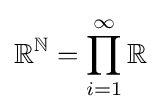
\mathbb {R} ^{\mathbb {N} }=\prod \limits _{i=1}^{\infty }\mathbb {R}